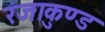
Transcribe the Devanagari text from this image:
रंजाकुण्ड